Reports on military cantonments and civil stations in the Presidency of Bombay inspected by the Sanitary Commissioner in the years 1875 and 1876
Year: 1875
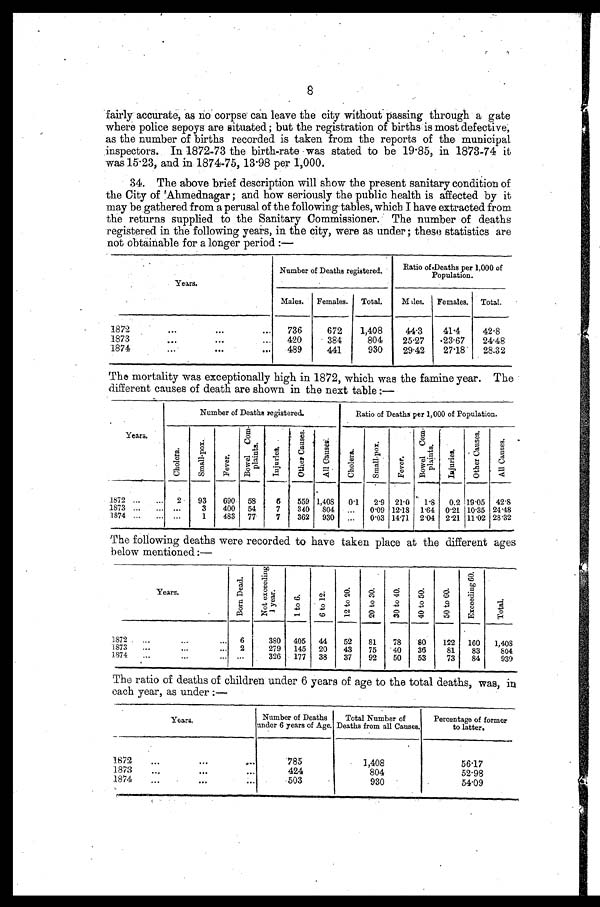
fairly accurate, as no corpse can leave the city without passing through a gate
where police sepoys are situated; but the registration of births is most defective,
as the number of births recorded is taken from the reports of the municipal
inspectors. In 1872-73 the birth-rate was stated to be 19.85, in 1873-74 it
was 15.23, and in 1874-75, 13.98 per 1,000.
34. The above brief description will show the present sanitary condition of
the City of Ahmednagar ; and how seriously the public health is affected by it
may be gathered from a perusal of the following tables, which I have extracted from
the returns supplied to the Sanitary Commissioner. The number of deaths
registered in the following years, in the city, were as under ; these statistics are
not obtainable for a longer period :—
Years.
Number of Deaths registered.
Ratio of Deat
hs per 1,000 of Population.
Males.
Females.
Total.
Males.
Females.
Total.
1872 . . .
736
672
1,408
44.3
41.4
42.8
1873.
.
.
420
384
804
25.27
23.67
24.48
1874 . . .
489
441
930
29.42
27.18
28.32
The mortality was exceptionally high in 1872, which was the famine year. The
different causes of death are shown in the next table :—
Years.
Number of Deaths registered.
Ratio of Deaths per 1,000 of Population.
C h o l e r a .
S m a l l - p o x .
F e v e r .
B o w e l C o m - p l a i n t s .
I n j u r l e s .
O t h e r C a u s e s .
A l l C a u s e s .
C h o l e r a .
S m a l l - p o x .
F e v e r .
B o w a l c o m - p l a i n t s .
I n j u r i e s .
O t h e r C a u s e s .
A l l C a u s e s .
1872 . . .
2
93
690
58
6
559 1,408
0.1
2.9 21.0
1.8
0.2 19.05 42.8
1873 . . .
. . .
3
400
54
7
340
804
. . . 0.09 12.18 1.64 0.21 10.35 24.48
1874 . . .
. . .
1
483
77
7
362
930
. . . 0.03 14.71 2.04 2.21 11.02 28.32
The following deaths were recorded to have taken place at the different ages
below mentioned :—
Years.
B o r n D e a d .
N o t e x c e e d i n g 1 y e a r .
1 t o 6 .
6 t o 1 2 .
1 2 t o 2 0 .
2 0 t o 3 0 .
3 0 t o 4 0 .
4 0 t o 5 0 .
5 0 t o 6 0 .
E x c e e d i n g 6 0 .
T o t a l .
1872 . . .
6
380
405
44
52
81
78
80
122
160
1,408
1873 . . .
2
279
145
20
43
75
40
36
81
83
804
1874 . . .
. . .
326
177
38
37
92
50
53
73
84
939
The ratio of deaths of children under 6 years of age to the total deaths, was, in
each year, as under :—
Years.
Number of Deaths
under 6 years of Age.
Total Number of
Deaths from all Causes.
Percentage of former
t o l a t t e r .
1872 . . .
785
1,408
56.17
1873 . . .
424
804
52.98
1874 . . .
503
930
54.09